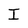
Character: I